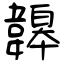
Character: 韟